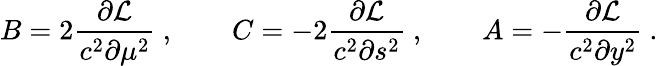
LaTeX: B=2{\frac{\partial{\cal L}}{c^{2}\partial\mu^{2}}}\ ,\qquad C=-2{\frac{\partial{\cal L}}{c^{2}\partial s^{2}}}\ ,\qquad A=-{\frac{\partial{\cal L}}{c^{2}\partial y^{2}}}\ .